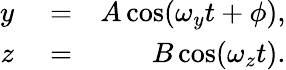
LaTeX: \begin{array}{rlr}{y}&{{}=}&{A\cos(\omega_{y}t+\phi),}\\ {z}&{{}=}&{B\cos(\omega_{z}t).}\end{array}